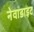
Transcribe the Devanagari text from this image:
नेवाडाइट